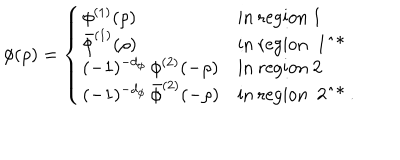
\phi ( \rho ) = \left\{ \left\{ \begin{cases} { { \phi ^ { ( 1 ) } ( \rho ) } } & { { i n r e g i o n 1 } } \\ { { \bar { \phi } ^ { ( 1 ) } ( \rho ) } } & { { i n r e g i o n 1 ^ { * } } } \\ { { ( - 1 ) ^ { - d _ { \phi } } \, \phi ^ { ( 2 ) } ( - \rho ) } } & { { i n r e g i o n 2 } } \\ { { ( - 1 ) ^ { - d _ { \phi } } \, \bar { \phi } ^ { ( 2 ) } ( - \rho ) } } & { { i n r e g i o n 2 ^ { * } . } } \\ \end{cases} \right. \right.